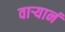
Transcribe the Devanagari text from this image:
वार्‍यानं